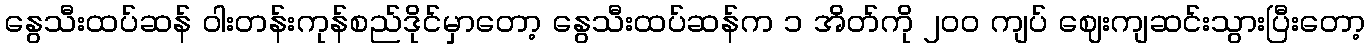
နွေသီးထပ်ဆန် ဝါးတန်းကုန်စည်ဒိုင်မှာတော့ နွေသီးထပ်ဆန်က ၁ အိတ်ကို ၂၀၀ ကျပ် ဈေးကျဆင်းသွားပြီးတော့